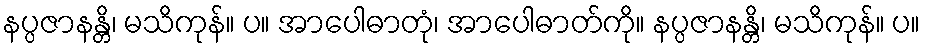
နပ္ပဇာနန္တိ၊ မသိကုန်။ ပ။ အာပေါဓာတုံ၊ အာပေါဓာတ်ကို။ နပ္ပဇာနန္တိ၊ မသိကုန်။ ပ။